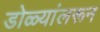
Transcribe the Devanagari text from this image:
डोळ्यांलरून